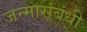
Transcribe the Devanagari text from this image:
जन्मासंबंधी